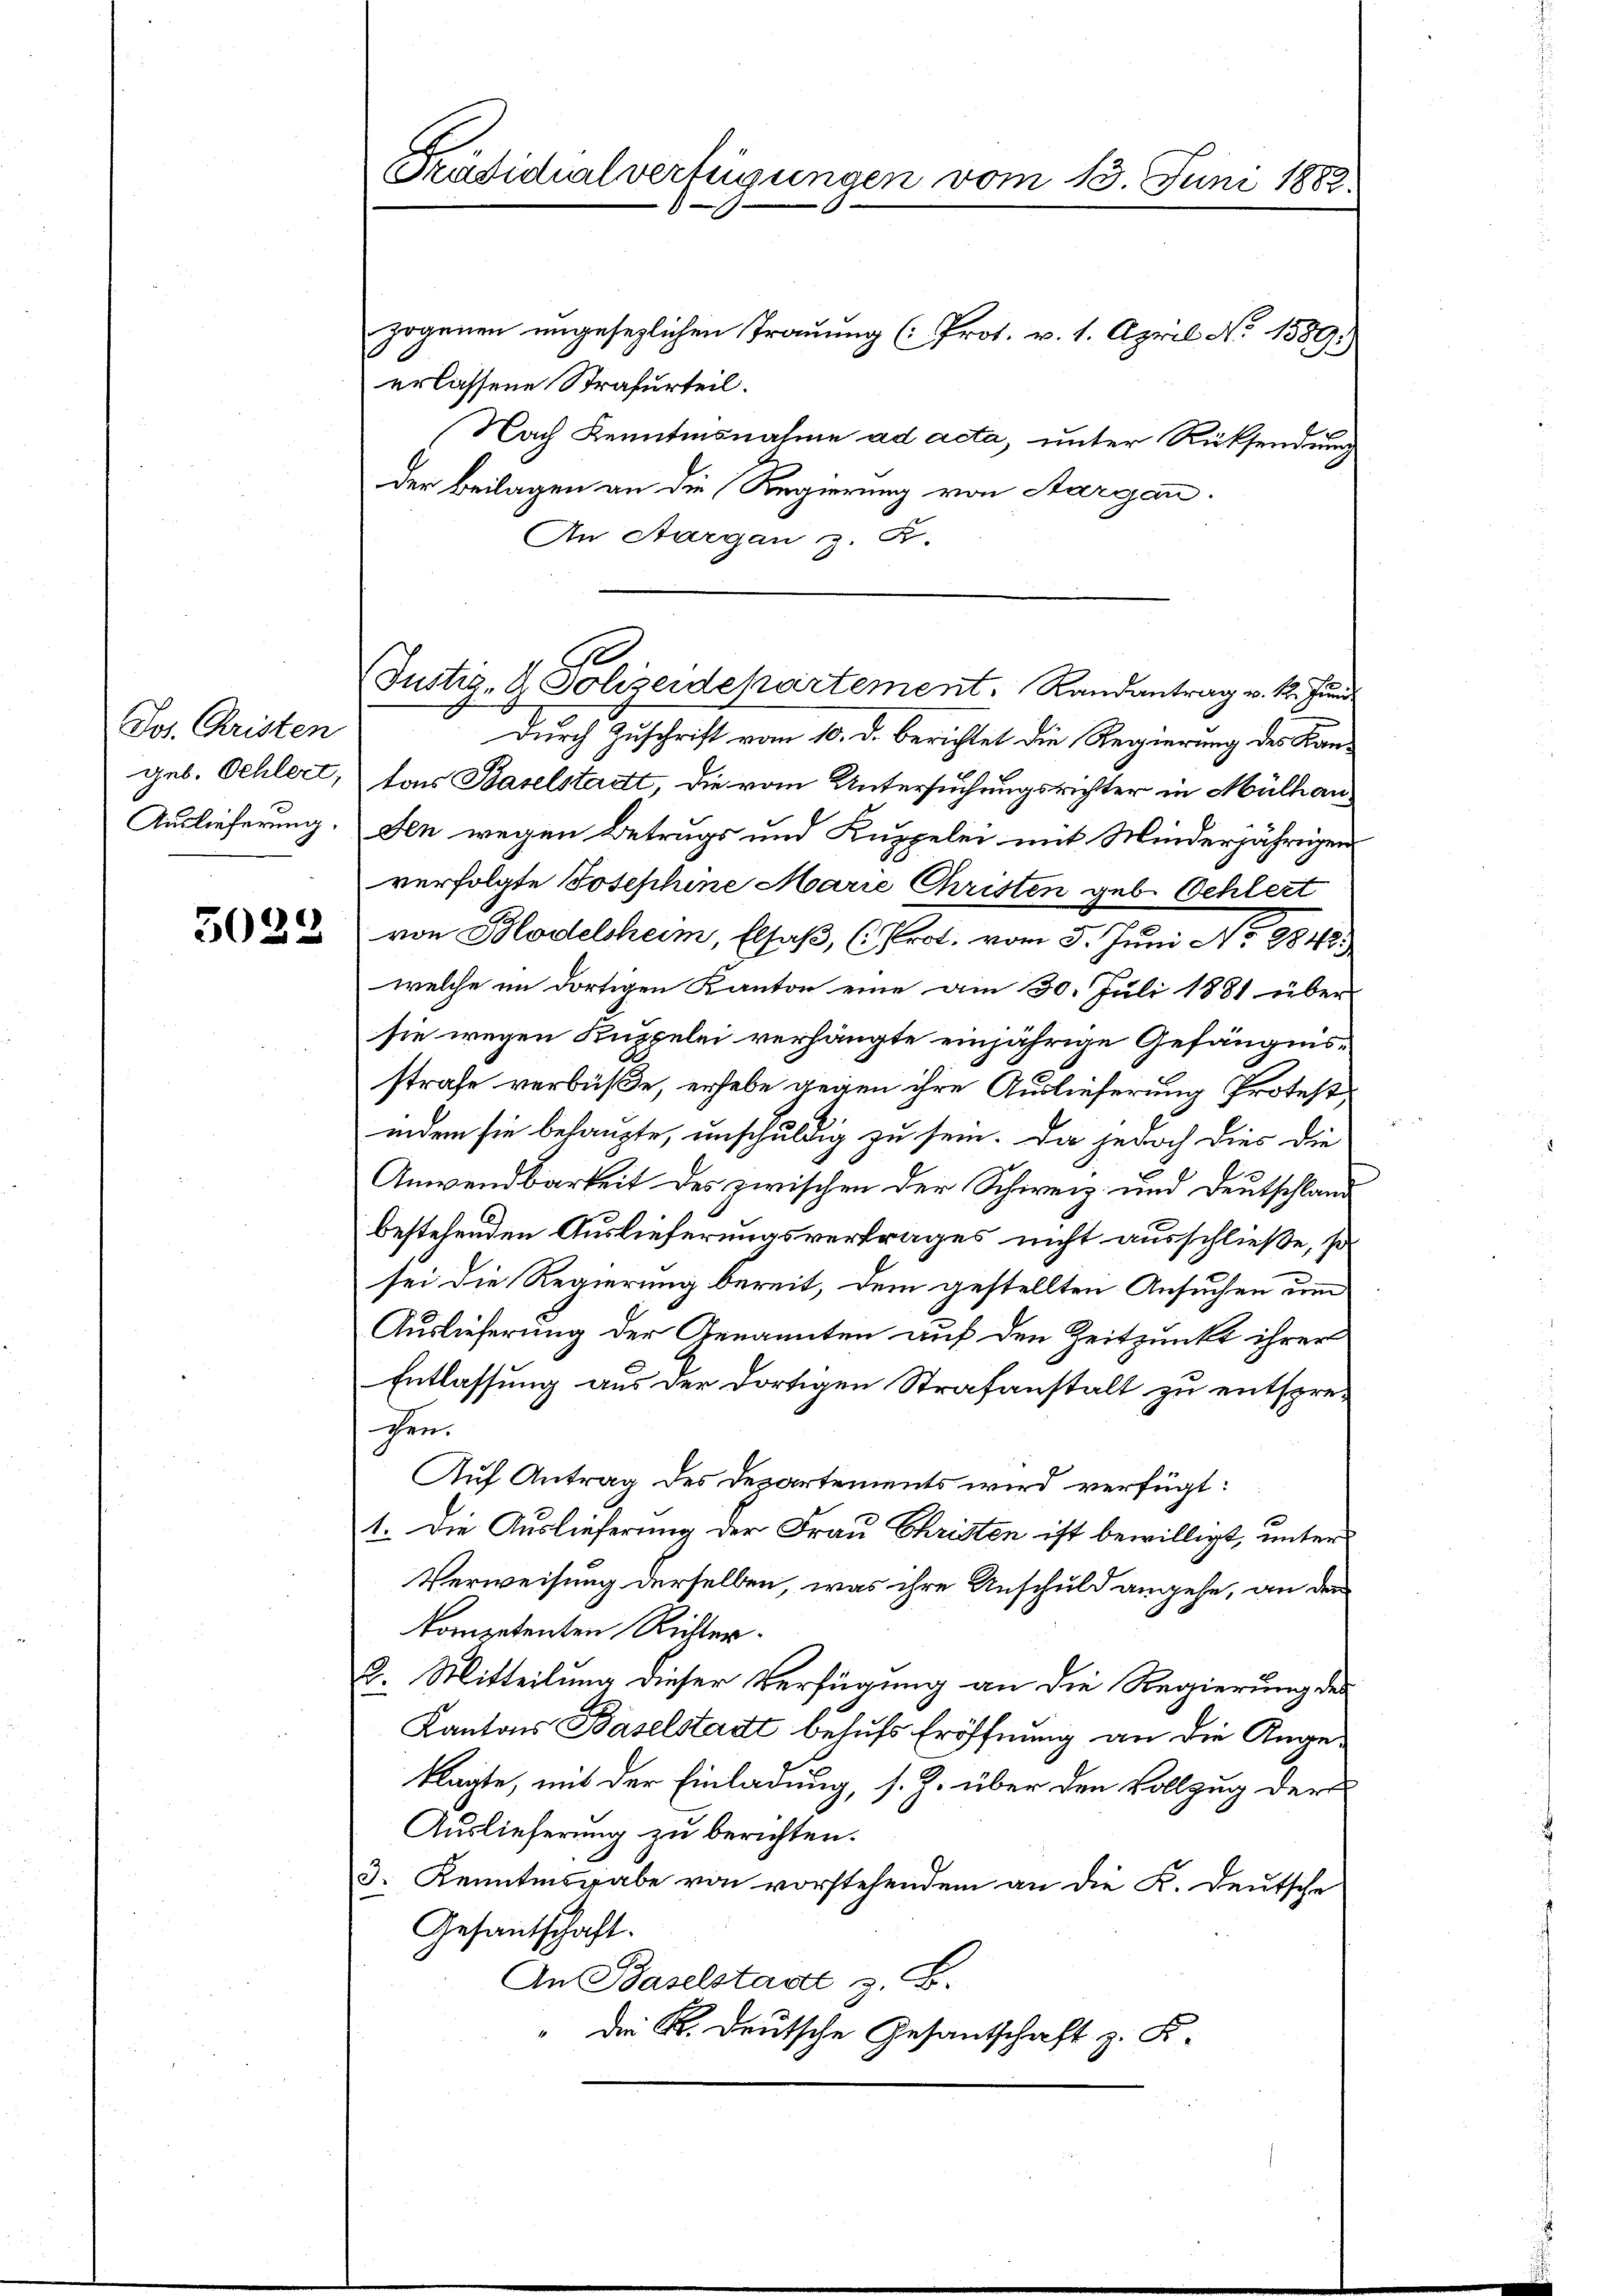
Jos. Christen
geb. Schlert,
Auslieferung.

3029

Prädicalverfügungen vom 13. Juni 1882.

Se
Justiz- & Polizeidepartement. Randantrag v. 1. Juni.

zogenen ungesezlichen Trauung (Prot. v. 1. April No 1589.)
erlassene Strafurteil.
Nach Kenntnisnahme ad acta, unter Rücksendung
der Beilagen an die Regierung von Aargau.
An Aargau z. R.
Durch Zuschrift vom 10. d. berichtet die Regierung des Kantons Baselstadt, die vom Untersuchungsrichter in Mülhauden wegen Betrags und Kuppelei mit Minderjährigen
verfolgte Josephine Marie Christen geb. Schlert
von Blodelheim, Elsaß, (Prot. vom 5. Juni No 8842.
welche im dortigen Kanton eine am 30. Juli 1881 über
sie wegen Kuppelei verhängte einjährige Gefängnisstrafe verbüße, erhebe gegen ihre Auslieferung Protest
indem sie behaupte, unschuldig zu sein. Da jedoch dies die
Anwendbarkeit des zwischen der Schweiz und Deutschland
bestehenden Auslieferungsvertrages nicht ausschließe, so
sei die Regierung bereit, dem gestellten Ansuchen um
Auslieferung der Genannten auf den Zeitpunkt ihrer
Entlassung aus der dortigen Strafanstalt zu entsprechen.
Auf Antrag des Departements wird verfügt:
1. Die Auslieferung der Frau Christen ist bewilligt, unter
Verweisung derselben, was ihre Anschuld angehe, an den
kompetenten Richter.
B. Mitteilung dieser Verfügung an die Regierung des
Kantons Baselstadt behufs Eröffnung an die Angeklagte, mit der Einladung, s. Z. über den Vollzug der
Auslieferung zu berichten.
3. Kenntnisgabe von vorstehendem an die K. Deutsche
Gesantschaft.
An Baselstadt z. B.
" der K. Deutsche Gesantschaft z. K.